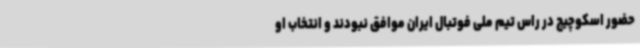
حضور اسکوچیچ در راس تیم ملی فوتبال ایران موافق نبودند و انتخاب او